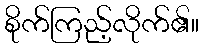
စိုက်ကြည့်လိုက်၏။